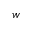
w